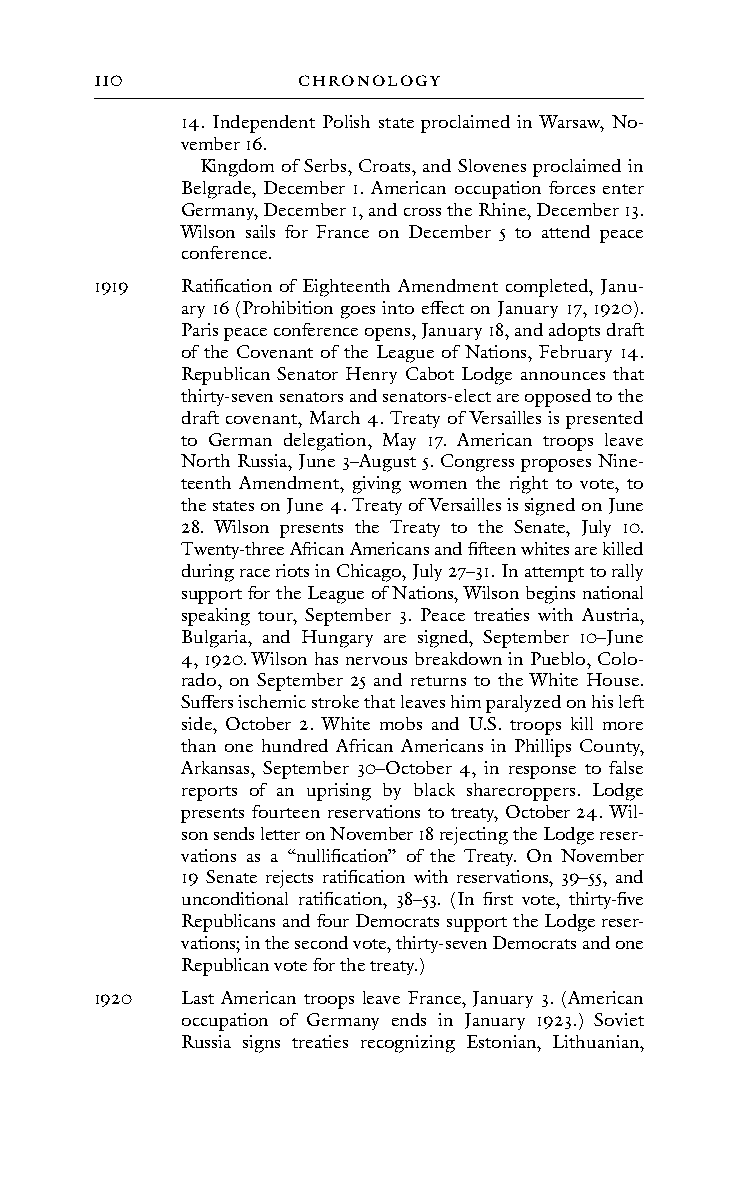
110           cHRonoLoGY
 14. Independent Polish state proclaimed in Warsaw, No-
 vember 16.
 Kingdom of Serbs, Croats, and Slovenes proclaimed in
 Belgrade, December 1. American occupation forces enter
 Germany, December 1, and cross the Rhine, December 13.
 Wilson sails for France on December 5 to attend peace
 conference.
 1919  Ratification of Eighteenth Amendment completed, Janu-
 ary 16 (Prohibition goes into effect on January 17, 1920).
 Paris peace conference opens, January 18, and adopts draft
 of the Covenant of the League of Nations, February 14.
 Republican Senator Henry Cabot Lodge announces that
 thirty-seven senators and senators-elect are opposed to the
 draft covenant, March 4. Treaty of Versailles is presented
 to German delegation, May 17. American troops leave
 North Russia, June 3–August 5. Congress proposes Nine-
 teenth Amendment, giving women the right to vote, to
 the states on June 4. Treaty of Versailles is signed on June
 28. Wilson presents the Treaty to the Senate, July 10.
 Twenty-three African Americans and fifteen whites are killed
 during race riots in Chicago, July 27–31. In attempt to rally
 support for the League of Nations, Wilson begins national
 speaking tour, September 3. Peace treaties with Austria,
 Bulgaria, and Hungary are signed, September 10–June
 4, 1920. Wilson has nervous breakdown in Pueblo, Colo-
 rado, on September 25 and returns to the White House.
 Suffers ischemic stroke that leaves him paralyzed on his left
 side, October 2. White mobs and U.S. troops kill more
 than one hundred African Americans in Phillips County,
 Arkansas, September 30–October 4, in response to false
 reports of an uprising by black sharecroppers. Lodge
 presents fourteen reservations to treaty, October 24. Wil-
 son sends letter on November 18 rejecting the Lodge reser-
 vations as a “nullification” of the Treaty. On November
 19 Senate rejects ratification with reservations, 39–55, and
 unconditional ratification, 38–53. (In first vote, thirty-five
 Republicans and four Democrats support the Lodge reser-
 vations; in the second vote, thirty-seven Democrats and one
 Republican vote for the treaty.)
 1920  Last American troops leave France, January 3. (American
 occupation of Germany ends in January 1923.) Soviet
 Russia signs treaties recognizing Estonian, Lithuanian,